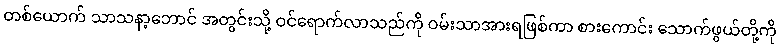
တစ်ယောက် သာသနာ့ဘောင် အတွင်းသို့ ဝင်ရောက်လာသည်ကို ဝမ်းသာအားရဖြစ်ကာ စားကောင်း သောက်ဖွယ်တို့ကို